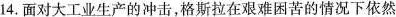
14.面对大工业生产的冲击，格斯拉在艰难困苦的情况下依然